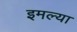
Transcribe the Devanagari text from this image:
इमल्या